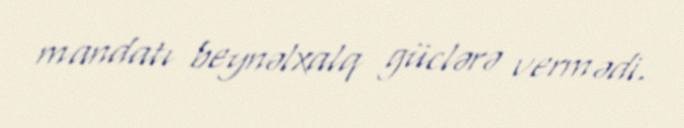
mandatı beynəlxalq güclərə vermədi.